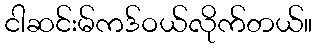
ငါဆင်းမ်ကဒ်ဝယ်လိုက်တယ်။